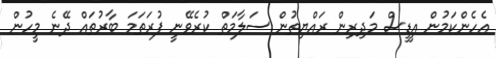
އެހެންކަމުން އީޑީސް މަދިރިން ރައްޔިތުން ސަލާމަތް ކުރެވޭނީ ފުރަތަމަ ބާރުތައް ދޭނެ މީހުން